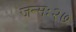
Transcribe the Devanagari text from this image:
जन्मः२७